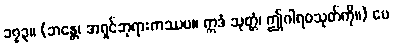
၁၇၃။ (ဘန္တေ၊ အရှင်ဘုရားကဿပ။ ဣဒံ သုတ္တံ၊ ဤဂါရဝသုတ်ကို။) မေ